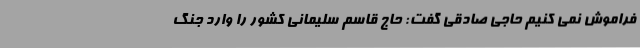
فراموش نمی کنیم حاجی صادقی گفت: حاج قاسم سلیمانی کشور را وارد جنگ